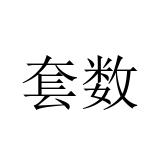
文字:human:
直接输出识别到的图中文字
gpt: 套数